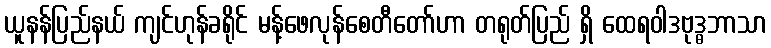
ယူနန်ပြည်နယ် ကျင်ဟုန်ခရိုင် မန့်ဖေလုန်စေတီတော်ဟာ တရုတ်ပြည် ရှိ ထေရဝါဒဗုဒ္ဓဘာသာ